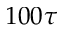
1 0 0 \tau